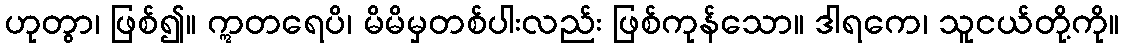
ဟုတွာ၊ ဖြစ်၍။ ဣတရေပိ၊ မိမိမှတစ်ပါးလည်း ဖြစ်ကုန်သော။ ဒါရကေ၊ သူငယ်တို့ကို။